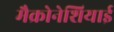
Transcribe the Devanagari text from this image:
मैक्रोनेशियाई